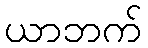
ယာဘက်